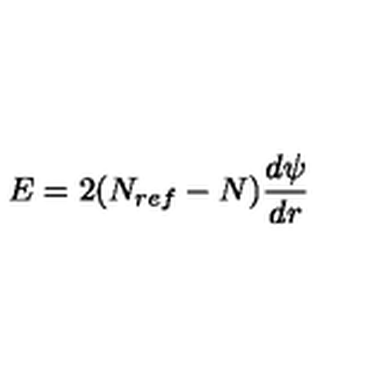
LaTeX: E = 2 ( N _ { r e f } - N ) \frac { d \psi } { d r }